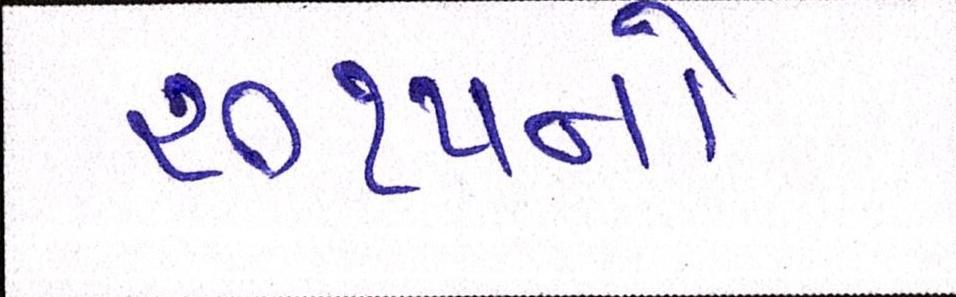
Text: ૨૦૧૫નો